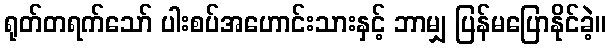
ရုတ်တရက်သော် ပါးစပ်အဟောင်းသားနှင့် ဘာမျှ ပြန်မပြောနိုင်ခဲ့။